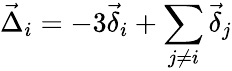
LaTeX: \vec{\Delta}_{i}=-3\vec{\delta}_{i}+\sum_{j\neq i}\vec{\delta}_{j}